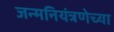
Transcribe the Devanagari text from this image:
जन्मनियंत्रणेच्या